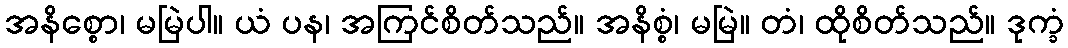
အနိစ္စော၊ မမြဲပါ။ ယံ ပန၊ အကြင်စိတ်သည်။ အနိစ္စံ၊ မမြဲ။ တံ၊ ထိုစိတ်သည်။ ဒုက္ခံ